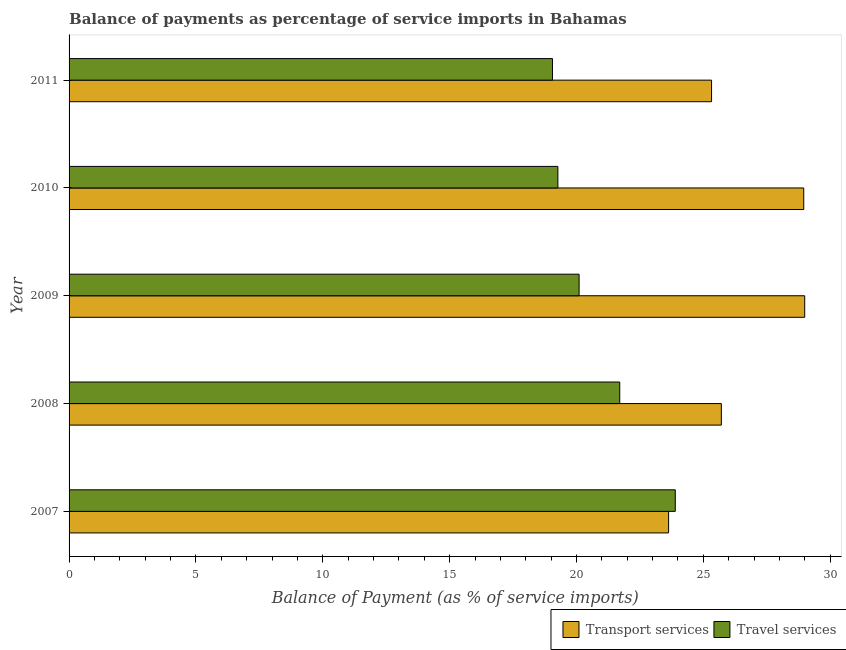
| Year | Transport services | Travel services |
 | --- | --- | --- |
 | 2007 | 23.6 | 23.9 |
 | 2008 | 25.7 | 21.7 |
 | 2009 | 29 | 20.1 |
 | 2010 | 29 | 19.3 |
 | 2011 | 25.3 | 19.1 |